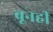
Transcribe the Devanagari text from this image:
बूनही